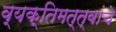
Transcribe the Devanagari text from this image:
व्यक्तिमत्त्वांचे